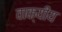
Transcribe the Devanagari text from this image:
वाक्यीय